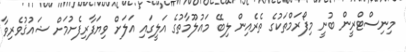
މިނިސްޓްރީން ބުނީ މިފޯރަމްތަކުގެ ތެރެއިން ލިބޭ މައުލޫމާތުގެ އަލީގައި އަލަށް ވިޔަފާރިފެށުމަށް ޝައުޤުވެރިވާ